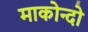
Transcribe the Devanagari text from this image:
माकोन्दो